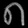
Digit: ၈